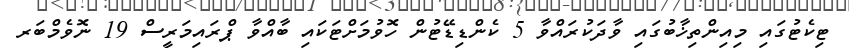
ޓިކެޓުގައި މިއިންތިޚާބުގައި ވާދަކުރައްވާ 5 ކެންޑިޑޭޓުން ހޮވުމަށްޓަކައި ބާއްވާ ޕްރައިމަރީސް 19 ނޮވެމްބަރ